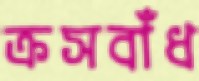
ক্রসবাঁধ